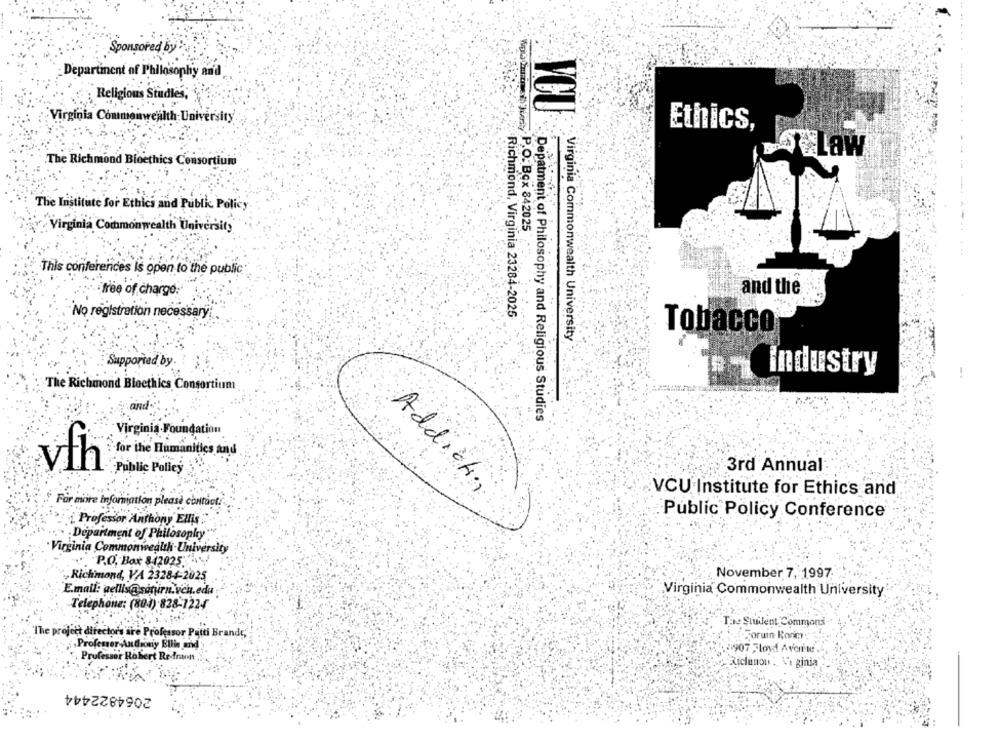
Sponsored by :
Departinent of Philosophy and
Religious Studies,
Virginia Commonwealth University
Ethics,
4 Law
The Richmond Bioethics Consortium
The Institute for Ethics and Pubtk Policy
Virginia Commonwealth University
WbCuenta,P.O. Box 842025
This conferences Is open to the public
free of charge:
and the
Richmond, Virginia 23284-2025
No registration necessar
Tobacco
Virginia Commonwealth University
Supported by.
industry
The Richmond Bloethics Consortium
and .
Depatment of Philosophy and Religious Studies
Virginia-Foundation
for the Humanities and
vlh
.Public Policy
3rd Annual
Addiction
VCU Institute for Ethics and
For more Information please co
¿Professor Anthony Ellis
Public Policy Conference
Department of Philosophy
Virginia Commonwealth University
P.O. Box 842025
Richmond, VA 23284-2025
November 7, 1997
E.mail: gellis@satirn.ven.edu
Virginia Commonwealth University
Telephone: (804) 828-1224
TEN Student Commons-
"The project directors irre Professor Patti Brands,
poruin Ronim.
Profesor Androniy Bilin and
21907 Floyd Avorruf,
Professor Robert Redmon
-Exclamou .. V's ginia
2064822444